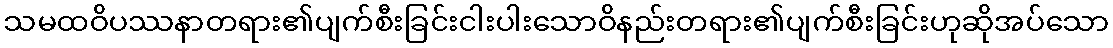
သမထဝိပဿနာတရား၏ပျက်စီးခြင်းငါးပါးသောဝိနည်းတရား၏ပျက်စီးခြင်းဟုဆိုအပ်သော